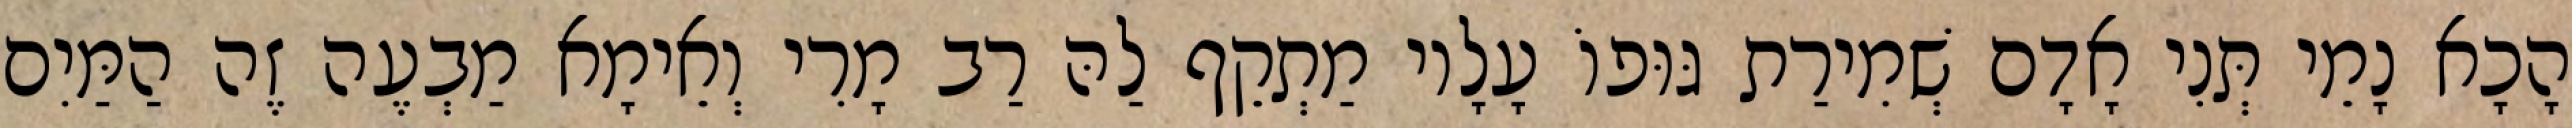
הָכָא נָמֵי תְּנִי אָדָם שְׁמִירַת גּוּפוֹ עָלָיו מַתְקֵף לַהּ רַב מָרִי וְאֵימָא מַבְעֶה זֶה הַמַּיִם